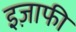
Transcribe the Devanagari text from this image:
इज़ाफी